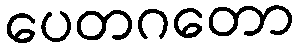
ပေတဂတော